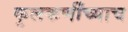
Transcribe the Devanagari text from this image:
कुलकर्णींच्याच